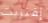
إقتربت